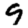
Digit: 9